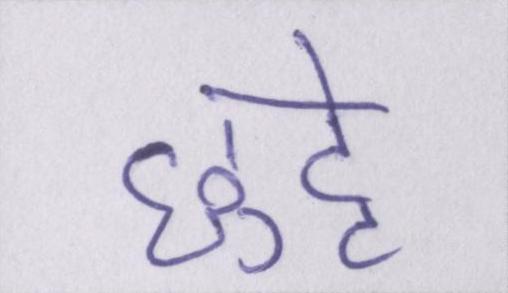
छुट्टे